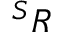
^ S R